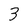
Character: 3